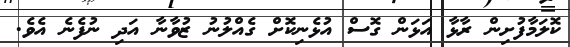
ކޮލަމާފުށިން ރާޅާ އަޅަން ގޮސް އުޅެނިކޮށް ގެއްލުނު ޒުވާނާ އަދި ނުފެނެ އެވެ.